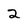
Character: 2